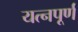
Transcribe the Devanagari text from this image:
यत्नपूर्ण